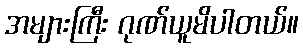
အများကြီး ဂုဏ်ယူမိပါတယ်။